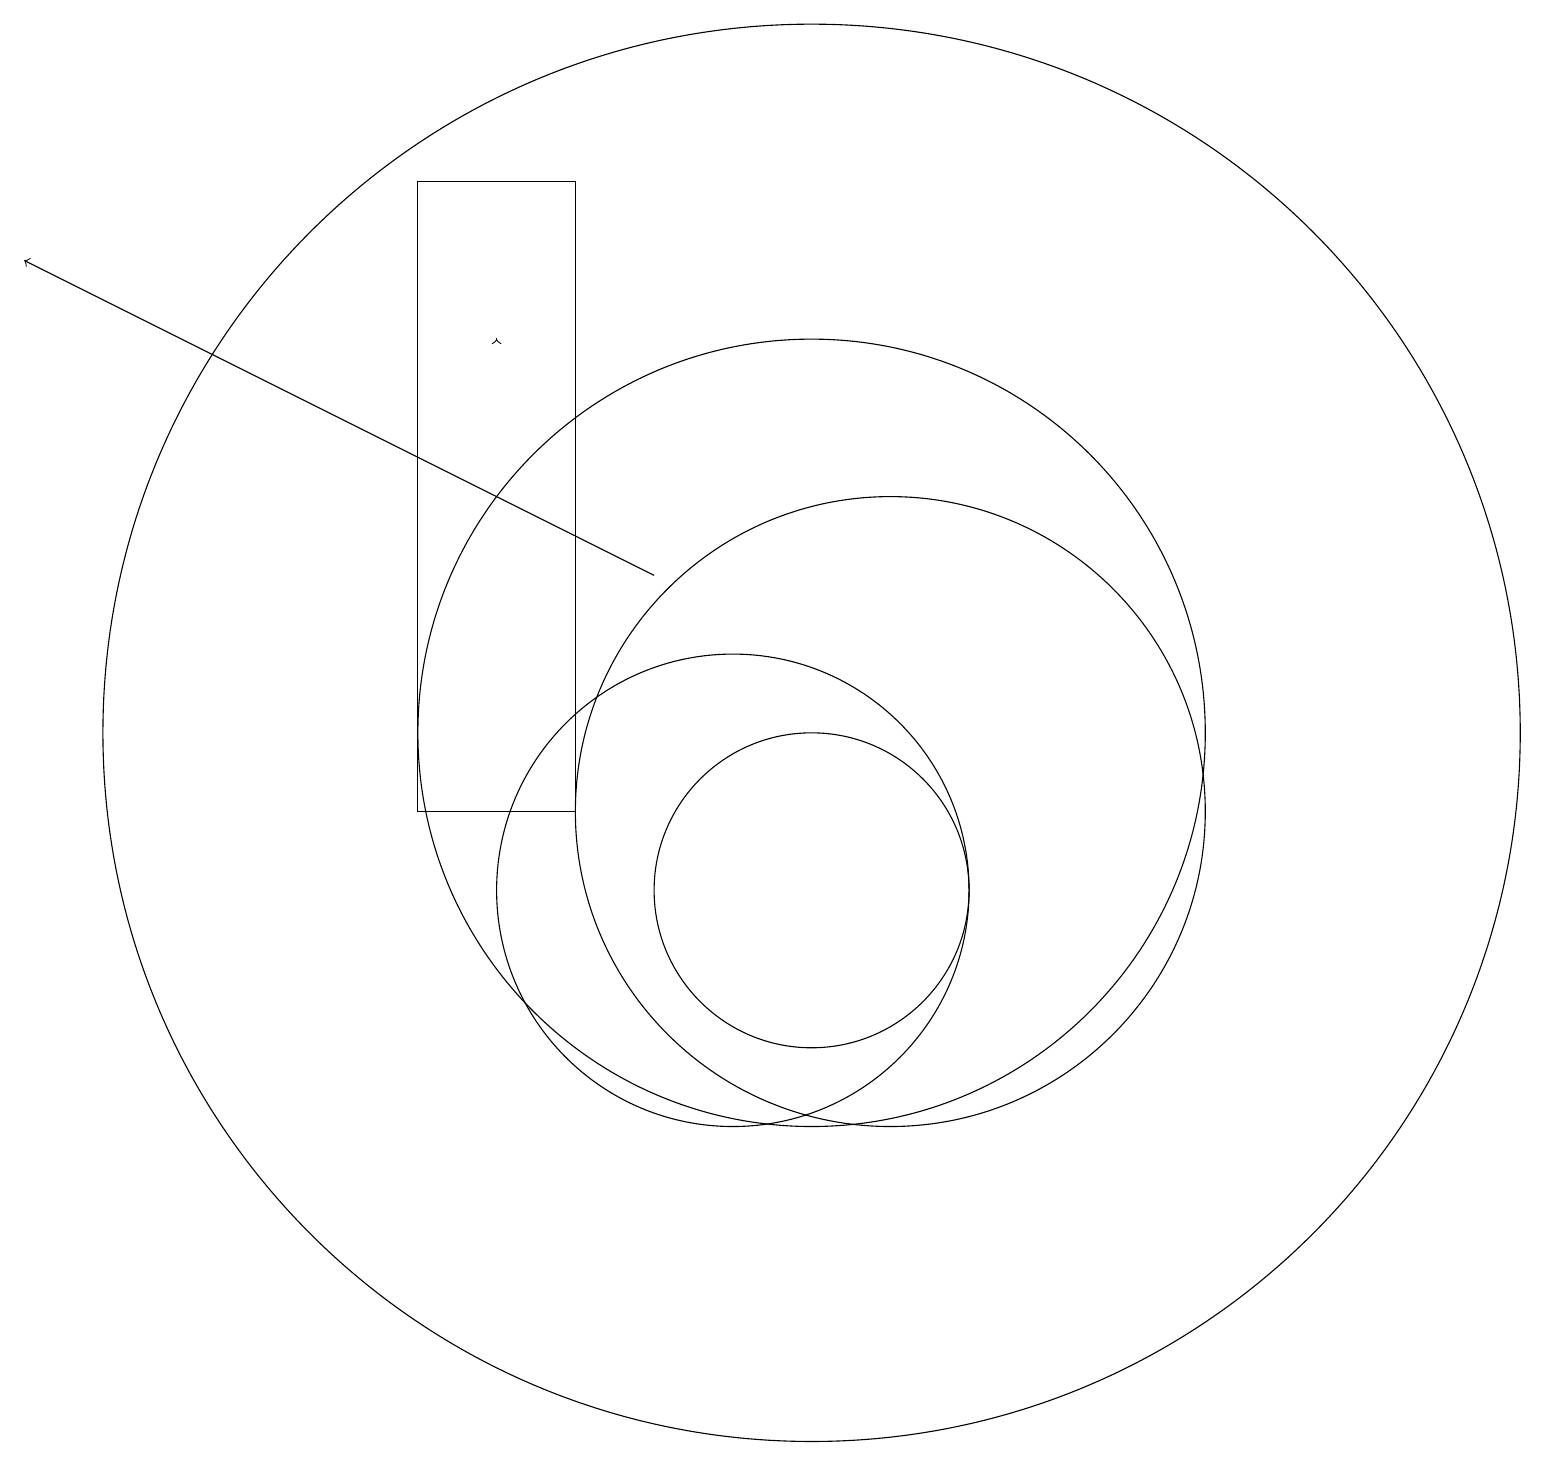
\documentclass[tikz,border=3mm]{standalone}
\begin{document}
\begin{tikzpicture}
\draw[->] (9,14) -- (1,18);
\draw (11,12) circle (5);
\draw[->] (7,17) -- (7,17);
\draw (6,19) rectangle (8,11);
\draw (10,10) circle (3);
\draw (11,10) circle (2);
\draw (11,12) circle (9);
\draw (12,11) circle (4);
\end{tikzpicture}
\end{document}